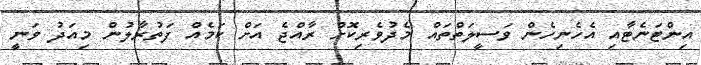
އިންޓަނެޓާއި އެހެނިހެން ވަސީލަތްތައް މެދުވެރިކޮށް ރާއްޖެ އަށް ކަމެއް ފަތުރާލުން މިއަދު ވަނީ